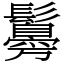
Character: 䰓